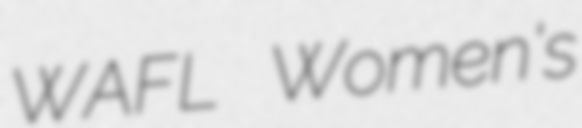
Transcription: WAFL Women's